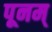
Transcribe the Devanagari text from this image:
पूनम्